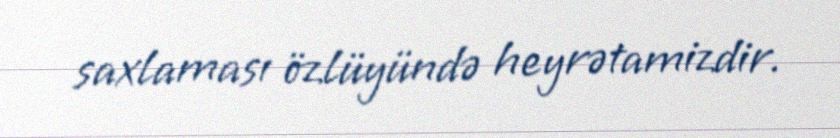
saxlaması özlüyündə heyrətamizdir.